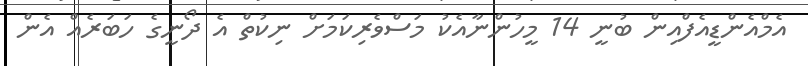
އެމްއެންޑީއެފްއިން ބުނީ 14 މީހުންނާއެކު މަސްވެރިކަމަށް ނިކުތް އެ ދޯނީގެ ހަބަރެއް އެން